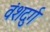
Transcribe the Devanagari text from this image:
वंशदुर्ग